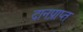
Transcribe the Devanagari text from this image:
दानप्राप्त